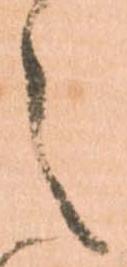
之